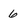
Character: 6